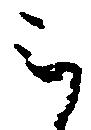
被